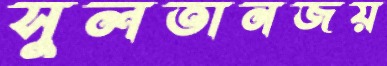
সুলতানজয়